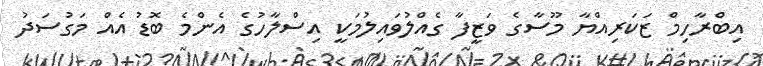
އިބްރާހިމް ޒަކަރިއްޔާ މޫސާގެ ވަޒީފާ ގެއްލުވައިލުމަކީ އިސްލާހުގެ އެންމެ ބޮޑު އެއް މަގުސަދު